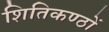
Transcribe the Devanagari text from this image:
शितिकण्ठों